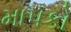
માપકો